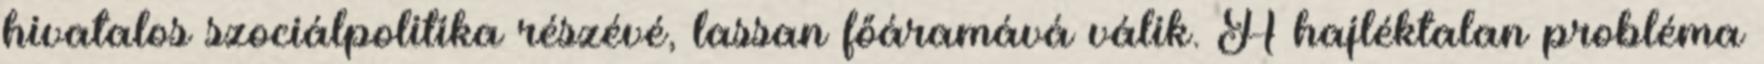
hivatalos szociálpolitika részévé, lassan főáramává válik. A hajléktalan probléma